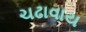
ચઢાવાય